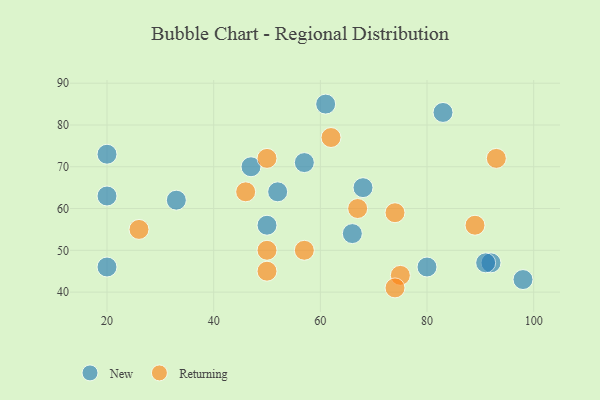
{"axis": {"x": "GDP", "y": "Life Expectancy"}, "legend": ["New", "Returning"], "data": [{"x": "66", "y": 54, "type": "New"}, {"x": "92", "y": 47, "type": "New"}, {"x": "83", "y": 83, "type": "New"}, {"x": "91", "y": 47, "type": "New"}, {"x": "68", "y": 65, "type": "New"}, {"x": "20", "y": 46, "type": "New"}, {"x": "80", "y": 46, "type": "New"}, {"x": "50", "y": 56, "type": "New"}, {"x": "57", "y": 71, "type": "New"}, {"x": "20", "y": 63, "type": "New"}, {"x": "52", "y": 64, "type": "New"}, {"x": "98", "y": 43, "type": "New"}, {"x": "20", "y": 73, "type": "New"}, {"x": "47", "y": 70, "type": "New"}, {"x": "61", "y": 85, "type": "New"}, {"x": "33", "y": 62, "type": "New"}, {"x": "62", "y": 77, "type": "Returning"}, {"x": "26", "y": 55, "type": "Returning"}, {"x": "46", "y": 64, "type": "Returning"}, {"x": "89", "y": 56, "type": "Returning"}, {"x": "75", "y": 44, "type": "Returning"}, {"x": "50", "y": 72, "type": "Returning"}, {"x": "74", "y": 59, "type": "Returning"}, {"x": "93", "y": 72, "type": "Returning"}, {"x": "57", "y": 50, "type": "Returning"}, {"x": "50", "y": 50, "type": "Returning"}, {"x": "67", "y": 60, "type": "Returning"}, {"x": "74", "y": 41, "type": "Returning"}, {"x": "50", "y": 45, "type": "Returning"}]}